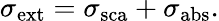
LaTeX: \sigma_{\mathrm{{ext}}}=\sigma_{\mathrm{{sca}}}+\sigma_{\mathrm{{abs}}}.